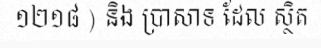
១២១៨ ) និង ប្រាសាទ ដែល ស្ថិត